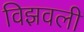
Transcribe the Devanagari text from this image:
विझवली